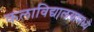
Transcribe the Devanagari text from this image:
कलाविद्यालयामध्ये